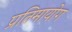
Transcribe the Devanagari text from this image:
प्रतिमायोग